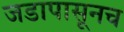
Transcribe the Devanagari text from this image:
जडापासूनच